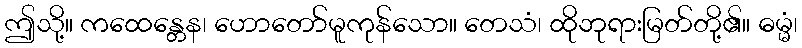
ဤသို့။ ကထေန္တေန၊ ဟောတော်မူကုန်သော။ တေသံ၊ ထိုဘုရားမြတ်တို့၏။ ဓမ္မံ၊